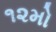
૧૨મો